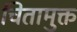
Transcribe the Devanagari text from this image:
चितामुक्त